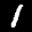
Label: 1